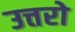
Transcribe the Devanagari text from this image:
उत्तरो